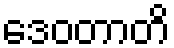
ဒေဝတာတိ